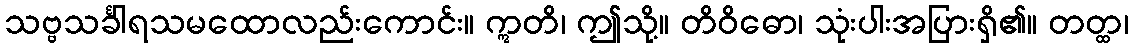
သဗ္ဗသင်္ခါရသမထောလည်းကောင်း။ ဣတိ၊ ဤသို့။ တိဝိဓော၊ သုံးပါးအပြားရှိ၏။ တတ္ထ၊